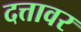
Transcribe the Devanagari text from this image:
दत्तावर